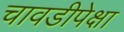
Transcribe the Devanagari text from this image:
चावडीपेक्षा